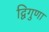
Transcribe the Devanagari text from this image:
द्विगुणा